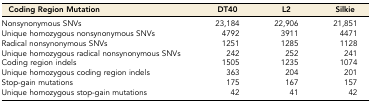
<table><thead><tr><td><b>Coding Region Mutation</b></td><td><b>DT40</b></td><td><b>L2</b></td><td><b>Silkie</b></td></tr></thead><tbody><tr><td>Nonsynonymous SNVs</td><td>23,184</td><td>22,906</td><td>21,851</td></tr><tr><td>Unique homozygous nonsynonymous SNVs</td><td>4792</td><td>3911</td><td>4471</td></tr><tr><td>Radical nonsynonymous SNVs</td><td>1251</td><td>1285</td><td>1128</td></tr><tr><td>Unique homozygous radical nonsynonymous SNVs</td><td>242</td><td>252</td><td>241</td></tr><tr><td>Coding region indels</td><td>1505</td><td>1235</td><td>1074</td></tr><tr><td>Unique homozygous coding region indels</td><td>363</td><td>204</td><td>201</td></tr><tr><td>Stop-gain mutations</td><td>175</td><td>167</td><td>157</td></tr><tr><td>Unique homozygous stop-gain mutations</td><td>42</td><td>41</td><td>42</td></tr></tbody></table>